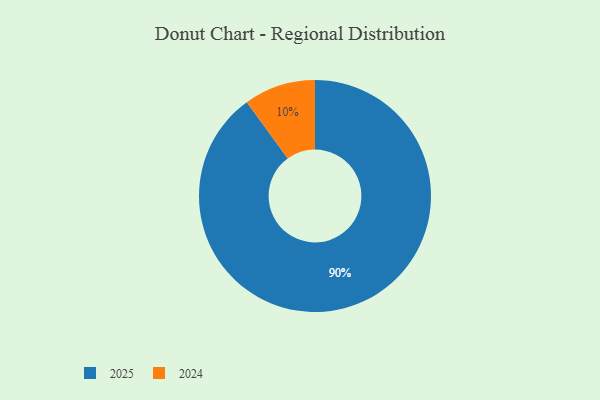
{"axis": {"x": "Category", "y": "Percentage"}, "legend": ["2024", "2025"], "data": [{"x": "2025", "y": 90, "type": "2025"}, {"x": "2024", "y": 10, "type": "2024"}]}